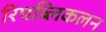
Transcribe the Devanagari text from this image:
रिपब्लिकलन